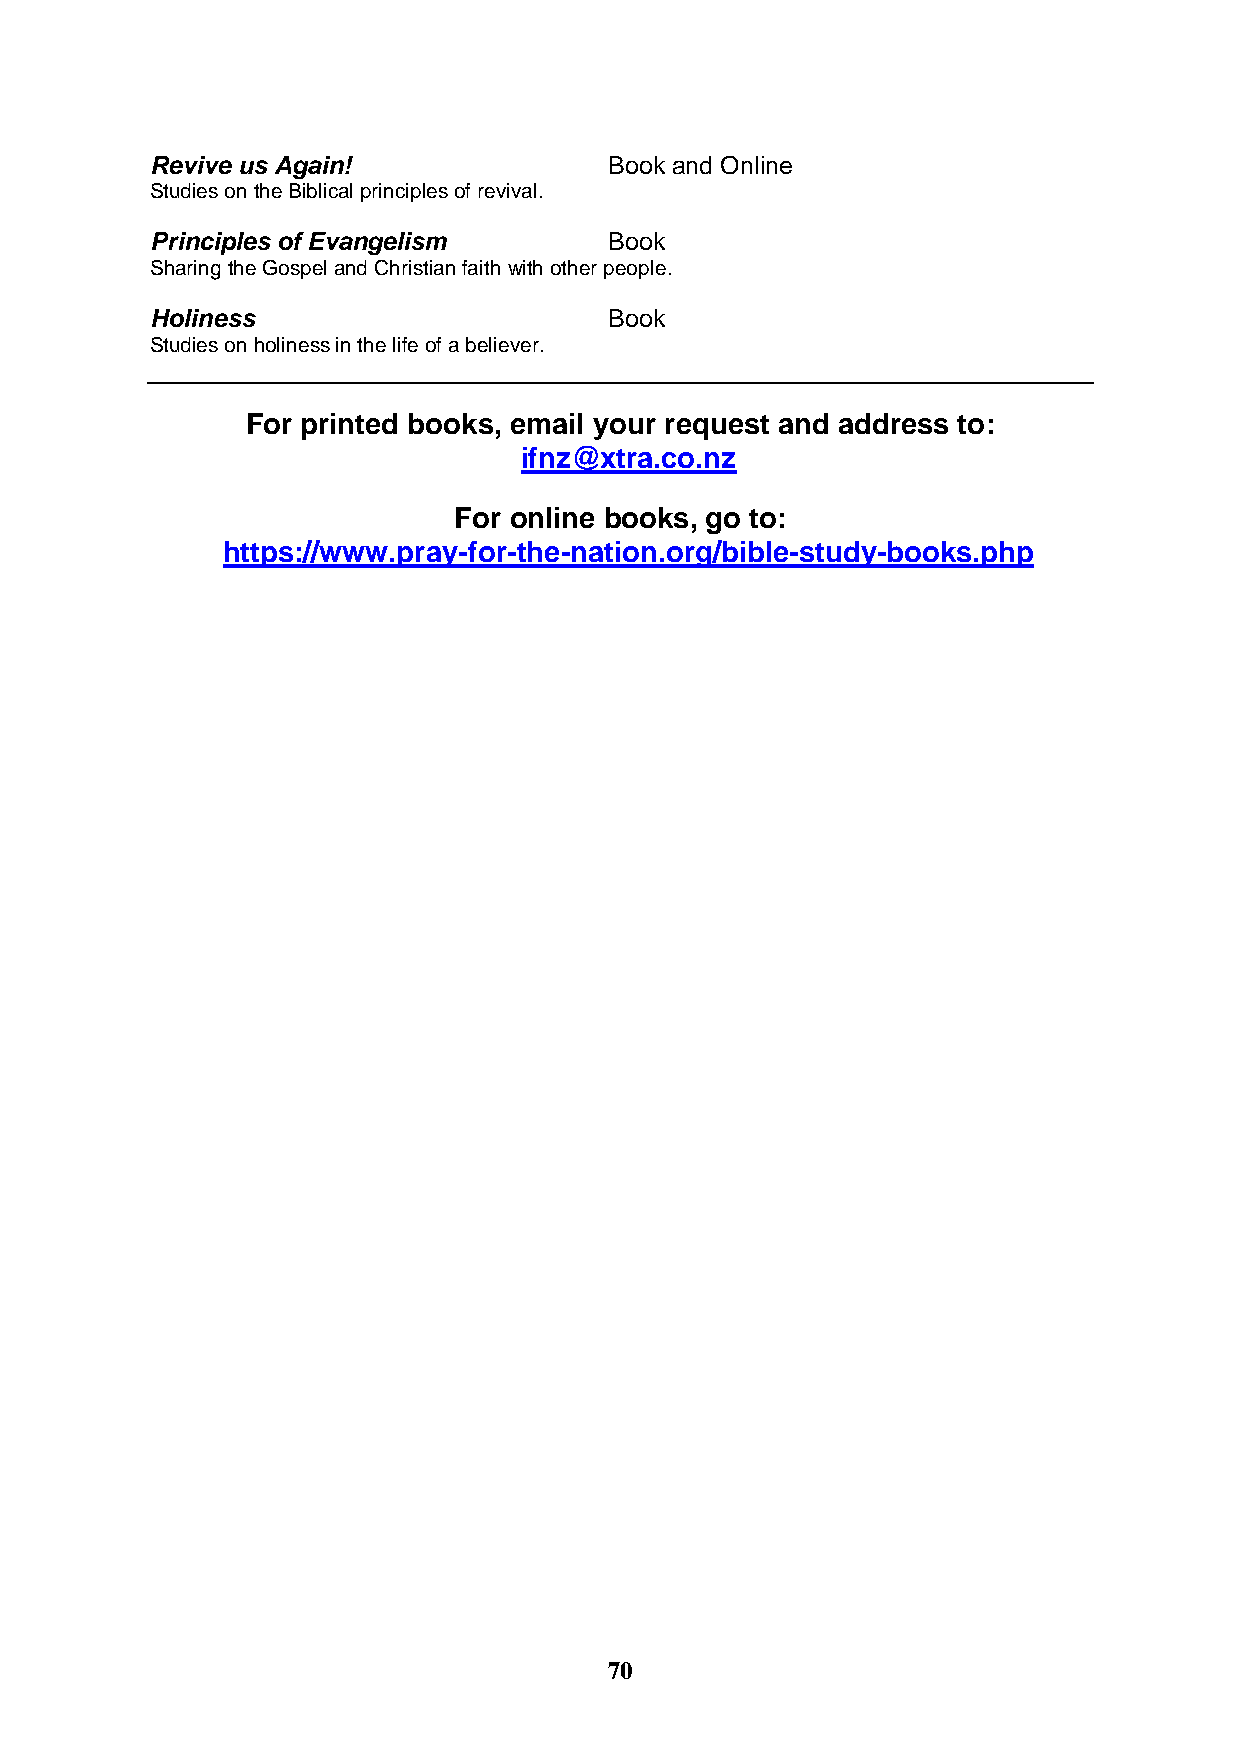
Revive us Again!              Book and Online
 Studies on the Biblical principles of revival.
 Principles of Evangelism      Book
 Sharing the Gospel and Christian faith with other people.
 Holiness                      Book
 Studies on holiness in the life of a believer.
 For printed books, email your request and address to:
 ifnz@xtra.co.nz
 For online books, go to:
 https://www.pray-for-the-nation.org/bible-study-books.php
 70